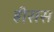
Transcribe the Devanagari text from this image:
ह्रीसस